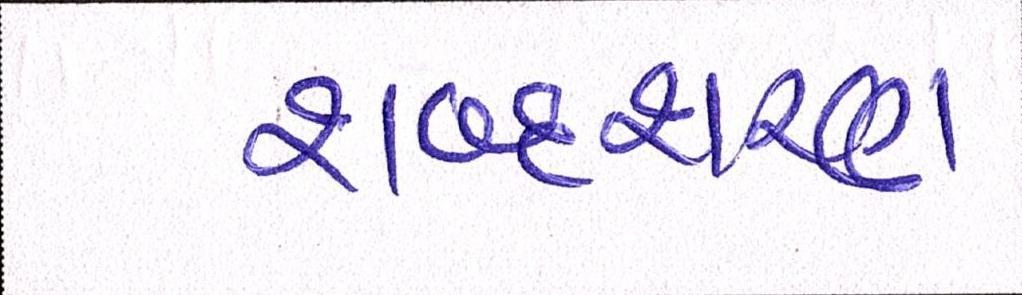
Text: શબ્દશરણ